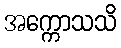
အက္ကောသသိ